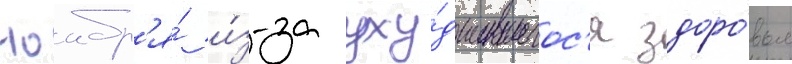
ноабр'я́ и́з-за уху́дшившегос'я здоро́вья